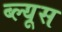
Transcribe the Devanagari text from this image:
ब्ल्यूस